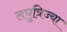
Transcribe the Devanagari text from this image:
लघुत्रिज्या